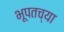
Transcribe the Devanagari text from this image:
भूपतच्या